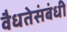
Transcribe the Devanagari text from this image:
वैधतेसंबंधी